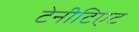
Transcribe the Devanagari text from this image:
टेनीटिएट